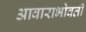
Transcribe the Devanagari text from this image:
आवाराभोवती